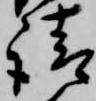
請